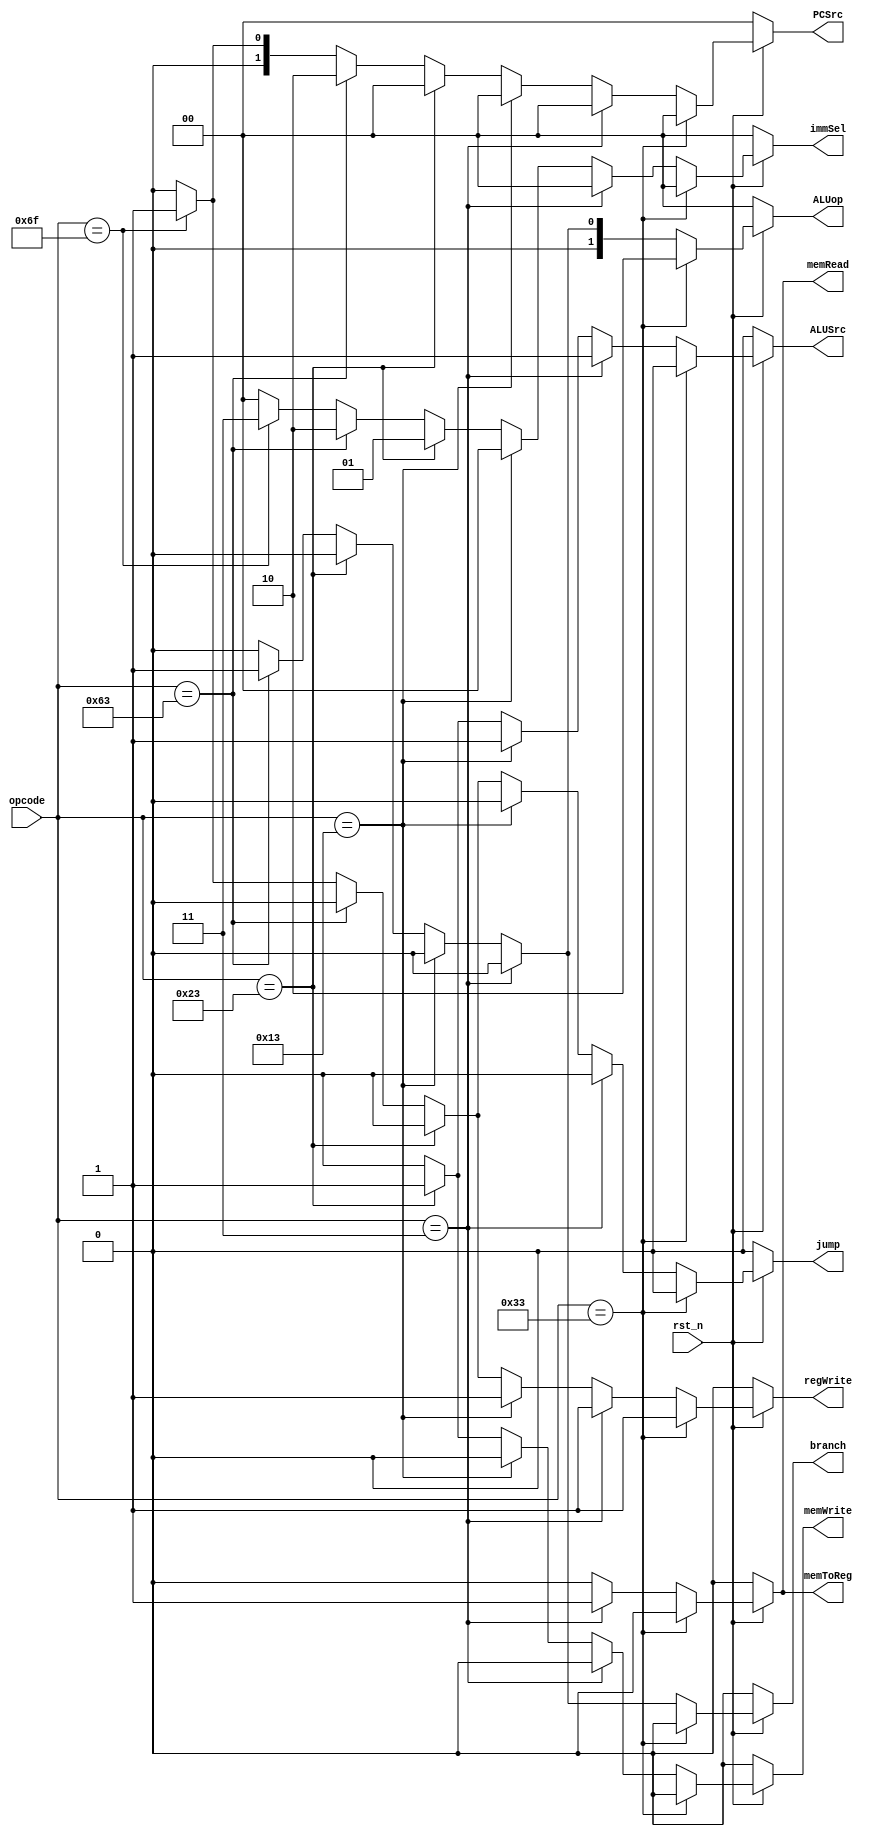
`timescale 1ns / 1ps
//////////////////////////////////////////////////////////////////////////////////
// Company: 
// Engineer: 
// 
// Design Name: 
// Module Name: MainControlUnit
// Project Name: 
// Target Devices: 
// Tool Versions: 
// Description: 
// 
// Dependencies: 
// 
// Revision:
// Revision 0.01 - File Created
// Additional Comments:
// 
//////////////////////////////////////////////////////////////////////////////////


module MainControlUnit(
    input rst_n,
    input [6:0] opcode,
    output reg [1:0] immSel,
    output reg [1:0] ALUop,
    output reg ALUSrc,
    output reg branch,
    output reg jump,
    output reg memRead,
    output reg memWrite,
    output reg memToReg,
    output reg regWrite,
    output reg [1 : 0] PCSrc
    );
    
    always@(*)
    begin
        if(rst_n == 1'b0)
        begin
            immSel <= 2'b00;
            ALUop <= 2'b00;
            ALUSrc <= 1'b0;
            branch <= 1'b0;
            jump <= 1'b0;
            memRead <= 1'b0;
            memWrite <= 1'b0;
            memToReg <= 1'b0;
            regWrite <= 1'b0;
            PCSrc <= 2'b00;
        end
        
        else if(opcode == 7'b0110011) //R-type
        begin
            immSel <= 2'b00; //actually 2'bXX
            ALUop <= 2'b10;
            ALUSrc <= 1'b0;
            branch <= 1'b0;
            jump <= 1'b0;
            memRead <= 1'b0;
            memWrite <= 1'b0;
            memToReg <= 1'b0;
            regWrite <= 1'b1;
            PCSrc <= 2'b00;
        end
        
        else if(opcode == 7'b0000011) //I-type --->>> lw
        begin
            immSel <= 2'b00;
            ALUop <= 2'b00;
            ALUSrc <= 1'b1;
            branch <= 1'b0;
            jump <= 1'b0;
            memRead <= 1'b1;
            memWrite <= 1'b0;
            memToReg <= 1'b1;
            regWrite <= 1'b1;
            PCSrc <= 2'b00;
        end
        
        else if(opcode == 7'b0010011) //I-type --->>> addi
        begin
            immSel <= 2'b00;
            ALUop <= 2'b00;
            ALUSrc <= 1'b1;
            branch <= 1'b0;
            jump <= 1'b0;
            memRead <= 1'b0;
            memWrite <= 1'b0;
            memToReg <= 1'b0;
            regWrite <= 1'b1;
            PCSrc <= 2'b00;
        end
        
        else if(opcode == 7'b0100011) //S-type --->>> sw
        begin
            immSel <= 2'b01;
            ALUop <= 2'b00;
            ALUSrc <= 1'b1;
            branch <= 1'b0;
            jump <= 1'b0;
            memRead <= 1'b0;
            memWrite <= 1'b1;
            memToReg <= 1'b0; //1'bX
            regWrite <= 1'b0;
            PCSrc <= 2'b00;
        end
        
        else if(opcode == 7'b1100011) //SB-type --->>> beq
        begin
            immSel <= 2'b10;
            ALUop <= 2'b01;
            ALUSrc <= 1'b0;
            branch <= 1'b1;
            jump <= 1'b0;
            memRead <= 1'b0;
            memWrite <= 1'b0;
            memToReg <= 1'b0; //1'bX
            regWrite <= 1'b0;
            PCSrc <= 2'b10;
        end
        
        else if(opcode == 7'b1101111) //J-type --->>> jal
        begin
            immSel <= 2'b11;
            ALUop <= 2'b00; //2'bXX
            ALUSrc <= 1'b0; //1'bX
            branch <= 1'b0;
            jump <= 1'b1;
            memRead <= 1'b0;
            memWrite <= 1'b0;
            memToReg <= 1'b0; //1'bX
            regWrite <= 1'b1;
            PCSrc <= 2'b01;
        end
        
        else
        begin
            immSel <= 2'b00;
            ALUop <= 2'b00;
            ALUSrc <= 1'b0;
            branch <= 1'b0;
            jump <= 1'b0;
            memRead <= 1'b0;
            memWrite <= 1'b0;
            memToReg <= 1'b0;
            regWrite <= 1'b0;
            PCSrc <= 2'b00;
        end
        
        //else => unsupported instruction format
        
    end
    
endmodule